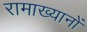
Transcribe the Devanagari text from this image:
रामाख्यानों